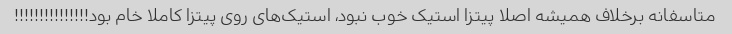
متاسفانه برخلاف همیشه اصلا پیتزا استیک خوب نبود، استیک‌های روی پیتزا کاملا خام بود!!!!!!!!!!!!!!!